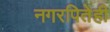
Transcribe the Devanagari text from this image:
नगरपितेही